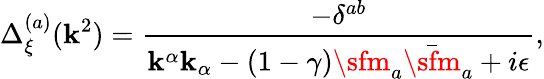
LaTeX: \Delta_{\xi}^{(a)}(\mathbf{k}^{2})=\frac{{-\delta^{ab}}}{{\mathbf{k}^{\alpha}\mathbf{k}_{\alpha}-(1-\gamma){\sfm}_{a}\bar{{\sfm}}_{a}+i\epsilon}},